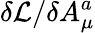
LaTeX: \delta{\cal L}/\delta A_{\mu}^{a}